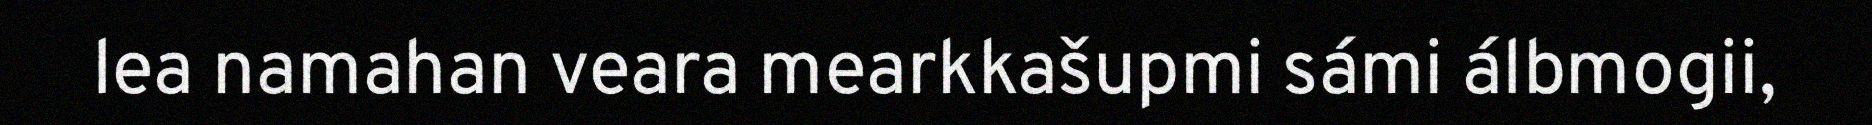
lea namahan veara mearkkašupmi sámi álbmogii,